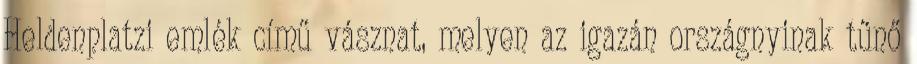
Heldenplatzi emlék című vásznat, melyen az igazán országnyinak tűnő